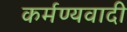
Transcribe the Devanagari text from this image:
कर्मण्यवादी